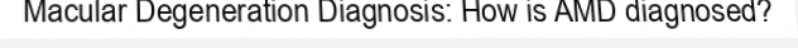
Macular Degeneration Diagnosis: How is AMD diagnosed?